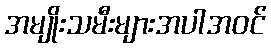
အမျိုးသမီးများအပါအဝင်